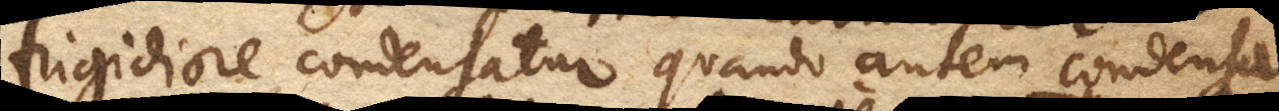
frigidiore condensatur quando autem condensa–